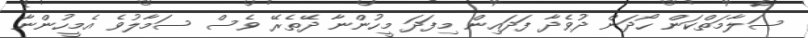
ސަލާމަތްކަން ހޯދަން ދުވެދާ ފަދައިން މިފަދަ މީހުންނާ ދޭތެރޭ ވެސް ސަމާލުވެ އެމީހުންނާ